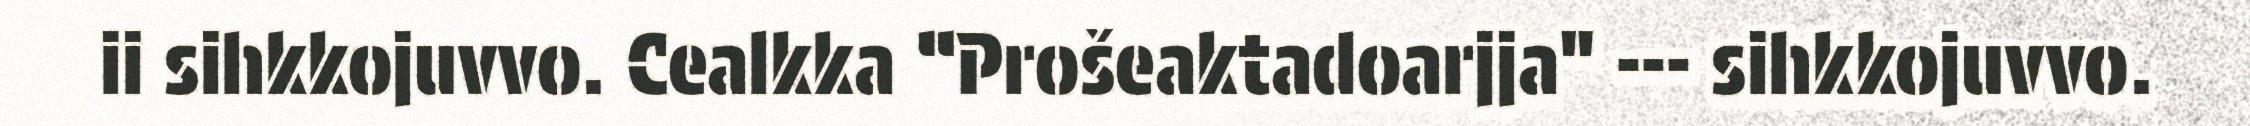
ii sihkkojuvvo. Cealkka “Prošeaktadoarjja" --- sihkkojuvvo.